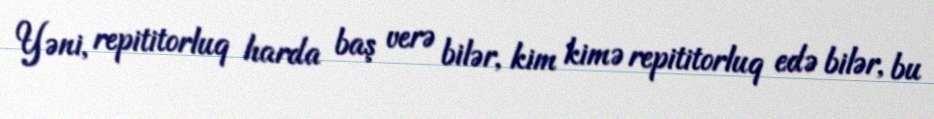
Yəni, repititorluq harda baş verə bilər, kim kimə repititorluq edə bilər, bu